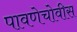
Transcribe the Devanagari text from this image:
पावणेचोवीस